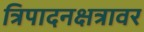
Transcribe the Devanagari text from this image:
त्रिपादनक्षत्रावर